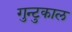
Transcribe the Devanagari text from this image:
गुन्टुकाल